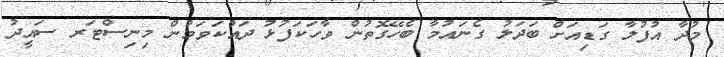
މުދާ އުފުލާ ގަޑިއަށް ބަދަލު ގެނައުމާ ބެހޭގޮތުން ވާހަކަފުޅު ދައްކަވަމުން މިިނިސްޓަރ ސައީދު